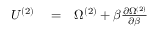
\begin{array} { r l r } { U ^ { ( 2 ) } } & { { } = } & { \Omega ^ { ( 2 ) } + \beta \frac { \partial \Omega ^ { ( 2 ) } } { \partial \beta } } \end{array}